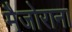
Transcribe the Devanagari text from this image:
मैजोराना